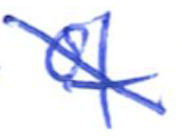
Text: of
Cross-out: diagonal
Writing tool: ballpoint